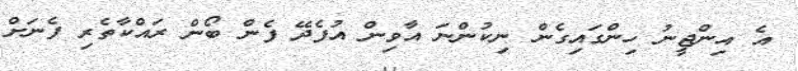
އެ އިންޖީނު ހިންގައިގެން ނިކުންނަ އާވިން އުފެދޭ ފެން ބޯން ރައްކާތެރި ފެނަށް